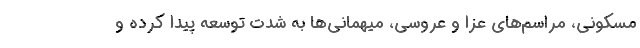
مسکونی، مراسم‌های عزا و عروسی، میهمانی‌ها به شدت توسعه پیدا کرده و